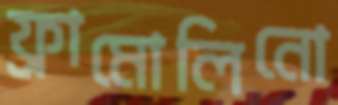
ফ্রামোলিনো